Vaccination in the Punjab 1867-1880 - 1867-1880
Year: 1867
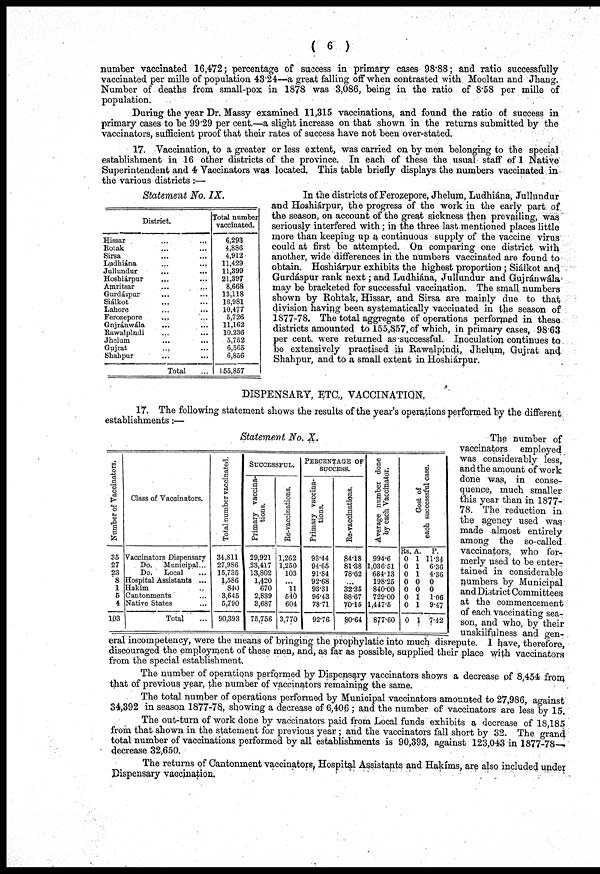
( 6 )
number vaccinated 16,472; percentage of success in primary cases 98.88; and ratio successfully
vaccinated per mille of population 43.24—a great falling off when contrasted with Mooltan and Jhang.
Number of deaths from small-pox in 1878 was 3,086, being in the ratio of 8.58 per mille of
population.
During the year Dr. Massy examined 11,315 vaccinations, and found the ratio of success in
primary cases to be 99.29 per cent.—a slight increase on that shown in the returns submitted by the
vaccinators, sufficient proof that their rates of success have not been over-stated.
17. Vaccination, to a greater or less extent, was carried on by men belonging to the special
establishment in 16 other districts of the province. In each of these the usual staff of 1 Native
Superintendent and 4 Vaccinators was located. This table briefly displays the numbers vaccinated in
the various districts :—
Statement No. IX.
District.
Hissar ... ...
Rotak ... ...
Sirsa ... ...
Ludhiána
...
...
Jullundur ... ...
Hoshiárpur ... ...
Amritsar ... ...
Gurdáspur ... ...
Siálkot
...
...
Lahore ... ...
Ferozepore ... ...
Gnjránwála ... ...
Rawalpindi ... ...
Jhelum ... ...
Gujrat ... ...
Shahpur ... ...
Total ...
Total number
vaccinated.
6,293
4,886
4,912
11,429
11,399
21,397
8,668
13,118
16,981
10,477
5,726
11,162
10,236
5,752
6,565
6,856
55,857
In the districts of Ferozepore, Jhelum, Ludhiána, Jullundur
and Hoshiárpur, the progress of the work in the early part of
the season, on account of the great sickness then prevailing, was
seriously interfered with ; in the three last mentioned places little
more than keeping up a continuous supply of the vaccine virus
could at first be attempted. On comparing one district with
another, wide differences in the numbers vaccinated are found to
obtain. Hoshiárpur exhibits the highest proportion ; Siálkot and
Gurdáspur rank next; and Ludhiána, Jullundur and Gujránwála
may be bracketed for successful vaccination. The small numbers
shown by Rohtak, Hissar, and Sirsa are mainly due to that
division having been systematically vaccinated in the season of
1877-78. The total aggregate of operations performed in these
districts amounted to 155,357,of which, in primary cases, 98.63
per cent. were returned as successful. Inoculation continues to
be extensively practised in Rawalpindi, Jhelum, Gujrat and
Shahpur, and to a small extent in Hoshiárpur.
DISPENSARY, ETC, VACCINATION,
17. The following statement shows the results of the year's operations performed by the different
establishments:—
Statement No. X.
Number of Vaccinators.
35
27
23
8
1
5
4
103
Class of Vaccinators.
Vaccinators Dispensary
Do.
Municipal...
Do.
Local ...
Hospital Assistants ...
Hakím ...
Cantonments ...
Native States ...
Total ...
Total number vaccinated.
34,811
27,986
15,735
1,586
840
3,645
5,790
90,393
SUCCESSFUL.
Primary vaccina-
tions.
29,921
23,417
13,802
1,420
670
2,839
3,687
75,756
Re-vaccinations.
1,262
1,250
103
...
11
540
604
3,770
PERCENTAGE OF
SUCCESS.
Primary vaccina-
tions.
93.44
94.65
91.84
92.68
93.31
96.43
78.71
92.76
Re-vaccinations.
84.18
81.38
78.62
...
32.35
88.67
70.15
80.64
Average number done
by each Vaccinator.
994.6
1,036.51
684.13
198.25
840.00
729.00
1,447.5
877.60
Gost of
each successsful case.
Rs.
0
0
0
0
0
0
0
0
A.
1
1
1
0
0
1
1
1
P.
11.34
6.36
4.36
0
0
1.06
9.47
7.42
The number of
vaccinators employed
was considerably less,
and the amount of work
done was, in conse-
quence, much smaller
this year than in 1877-
78. The reduction in
the agency used was
made almost entirely
among the so-called
vaccinators, who for-
merly used to be enter-
tained in considerable
numbers by Municipal
and District Committees
at the commencement
of each vaccinating sea-
son, and who, by their
unskilfulness and gen-
eral incompetency, were the means of bringing the prophylatic into much disrepute. I have, therefore,
discouraged the employment of these men, and, as far as possible, supplied their place with vaccinators
from the special establishment.
The number of operations performed by Dispensary vaccinators shows a decrease of 8,454 from
that of previous year, the number of vaccinators remaining the same.
The total number of operations performed by Municipal vaccinators amounted to 27,986, against
34,392 in season 1877-78, showing a decrease of 6,406 ; and the number of vaccinators are less by 15.
The out-turn of work done by vaccinators paid from Local funds exhibits a decrease of 18,185
from that shown in the statement for previous year ; and the vaccinators fall short by 32. The grand
total number of vaccinations performed by all establishments is 90,393, against 123,043 in 1877-78—
decrease 32,650.
The returns of Cantonment vaccinators, Hospital Assistants and Hakims, are also included under
Dispensary vaccination.